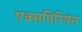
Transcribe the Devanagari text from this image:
एक्सपिरियंस